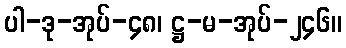
ပါ-ဒု-အုပ်-၄၈၊ ဋ္ဌ-မ-အုပ်-၂၄၆။